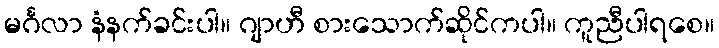
မင်္ဂလာ နံနက်ခင်းပါ။ ဂျာဟီ စားသောက်ဆိုင်ကပါ။ ကူညီပါရစေ။